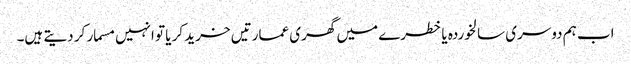
اب ہم دوسری سالخوردہ یا خطرے میں گھری عمارتیں خرید کر یا تو انہیں مسمار کر دیتے ہیں۔